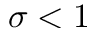
\sigma < 1